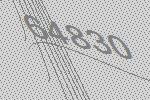
64830